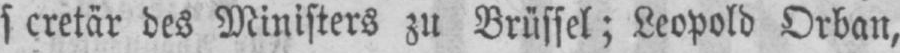
s cretär des Ministers zu Brüssel; Leopold Orban,